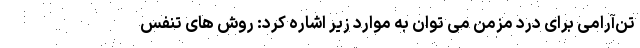
تن‌آرامی برای درد مزمن می توان به موارد زیر اشاره کرد: روش های تنفس